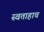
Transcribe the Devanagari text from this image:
स्वताहाच